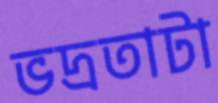
ভদ্রতাটা